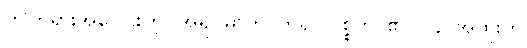
ဤတရားအပေါင်းကို။ အရူပဓာတု၊ ဟူ၍။ ဝုစ္စတိ၊ ၏။ ပန၊ အထူးကို